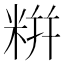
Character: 𮇛